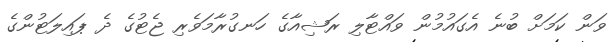
ވަން ކަމަށް ބުނެ އެގައުމުން ވައްޓާލި ރަޝިއާގެ ހަނގުރާމަވެރި ޖެޓުގެ ދެ ޕައިލަޓުންގެ